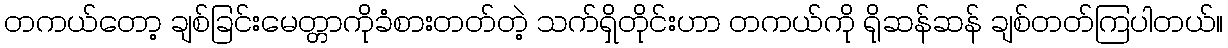
တကယ်တော့ ချစ်ခြင်းမေတ္တာကိုခံစားတတ်တဲ့ သက်ရှိတိုင်းဟာ တကယ်ကို ရိုဆန်ဆန် ချစ်တတ်ကြပါတယ်။